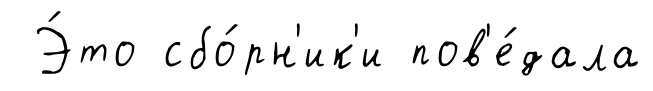
Э́то сбо́рн'ик'и пов'е́дала